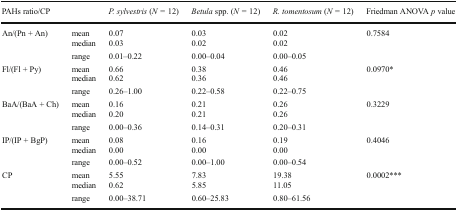
<table><thead><tr><td colspan="2"><b>PAHs ratio/CP</b></td><td><b><i>P. sylvestris</i> (<i>N</i> = 12)</b></td><td><b><i>Betula</i> spp. (<i>N</i> = 12)</b></td><td><b><i>R. tomentosum</i> (<i>N</i> = 12)</b></td><td><b>Friedman ANOVA <i>p</i> value</b></td></tr></thead><tbody><tr><td rowspan="3">An/(Pn + An)</td><td>mean</td><td>0.07</td><td>0.03</td><td>0.02</td><td rowspan="3">0.7584</td></tr><tr><td>median</td><td>0.03</td><td>0.02</td><td>0.02</td></tr><tr><td>range</td><td>0.01–0.22</td><td>0.00–0.04</td><td>0.00–0.05</td></tr><tr><td rowspan="3">Fl/(Fl + Py)</td><td>mean</td><td>0.66</td><td>0.38</td><td>0.46</td><td rowspan="3">0.0970*</td></tr><tr><td>median</td><td>0.62</td><td>0.36</td><td>0.46</td></tr><tr><td>range</td><td>0.26–1.00</td><td>0.22–0.58</td><td>0.22–0.75</td></tr><tr><td rowspan="3">BaA/(BaA + Ch)</td><td>mean</td><td>0.16</td><td>0.21</td><td>0.26</td><td rowspan="3">0.3229</td></tr><tr><td>median</td><td>0.20</td><td>0.21</td><td>0.26</td></tr><tr><td>range</td><td>0.00–0.36</td><td>0.14–0.31</td><td>0.20–0.31</td></tr><tr><td rowspan="3">IP/(IP + BgP)</td><td>mean</td><td>0.08</td><td>0.16</td><td>0.19</td><td rowspan="3">0.4046</td></tr><tr><td>median</td><td>0.00</td><td>0.00</td><td>0.00</td></tr><tr><td>range</td><td>0.00–0.52</td><td>0.00–1.00</td><td>0.00–0.54</td></tr><tr><td rowspan="3">CP</td><td>mean</td><td>5.55</td><td>7.83</td><td>19.38</td><td rowspan="3">0.0002***</td></tr><tr><td>median</td><td>0.62</td><td>5.85</td><td>11.05</td></tr><tr><td>range</td><td>0.00–38.71</td><td>0.60–25.83</td><td>0.80–61.56</td></tr></tbody></table>